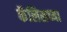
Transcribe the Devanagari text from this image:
कॅलिसच्या